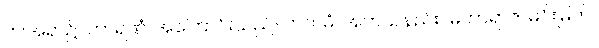
ဤအရာ၌။ ကာရဏံ၊ အကြောင်းသည်။ ကတမံ၊ အဘယ်နည်း။ မဟာရာဇ၊ မင်းမြတ်။